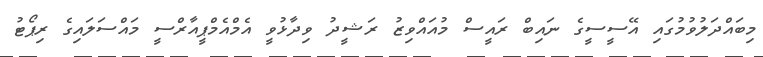
މިބައްދަލުވުމުގައި އޭސީސީގެ ނައިބް ރައީސް މުއައްވިޒު ރަޝީދު ވިދާޅުވީ އެމްއެމްޕީއާރްސީ މައްސަލައިގެ ރިޕޯޓު